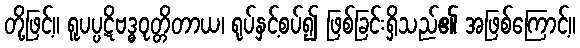
တို့ဖြင့်။ ရူပပ္ပဋိဗဒ္ဓဝုတ္တိတာယ၊ ရုပ်နှင့်စပ်၍ ဖြစ်ခြင်းရှိသည်၏ အဖြစ်ကြောင့်။